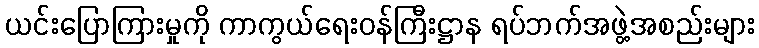
ယင်းပြောကြားမှုကို ကာကွယ်ရေးဝန်ကြီးဋ္ဌာန ရပ်ဘက်အဖွဲ့အစည်းများ